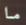
ما